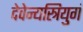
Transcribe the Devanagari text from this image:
देवेन्यस्त्रियुगं